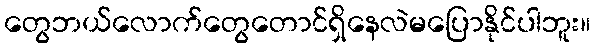
တွေဘယ်လောက်တွေတောင်ရှိနေလဲမပြောနိုင်ပါဘူး။